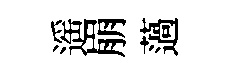
遥崩薖